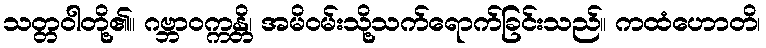
သတ္တဝါတို့၏။ ဂဗ္ဘာဝက္ကန္တိ၊ အမိဝမ်းသို့သက်ရောက်ခြင်းသည်။ ကထံဟောတိ၊